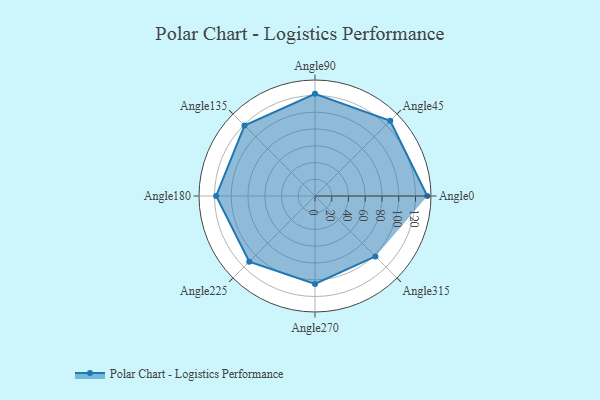
{"axis": {"x": "Angle", "y": "Radius"}, "legend": [""], "data": [{"x": "Angle0", "y": 134.0, "type": ""}, {"x": "Angle45", "y": 127.0, "type": ""}, {"x": "Angle90", "y": 122.0, "type": ""}, {"x": "Angle135", "y": 119.0, "type": ""}, {"x": "Angle180", "y": 118.0, "type": ""}, {"x": "Angle225", "y": 111.0, "type": ""}, {"x": "Angle270", "y": 105.0, "type": ""}, {"x": "Angle315", "y": 102.0, "type": ""}]}